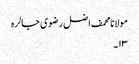
مولانا محمف اضل رضوی جالرہ
۱۳۔